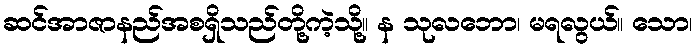
ဆင်အာဇာနည်အစရှိသည်တို့ကဲ့သို့။ န သုလဘော၊ မရလွယ်။ သော၊